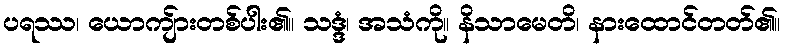
ပရဿ၊ ယောကျ်ားတစ်ပါး၏။ သဒ္ဒံ၊ အသံကို။ နိသာမေတိ၊ နားထောင်တတ်၏။